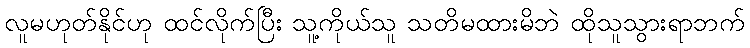
လူမဟုတ်နိုင်ဟု ထင်လိုက်ပြီး သူ့ကိုယ်သူ သတိမထားမိဘဲ ထိုသူသွားရာဘက်